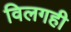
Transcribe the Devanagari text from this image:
विलगही